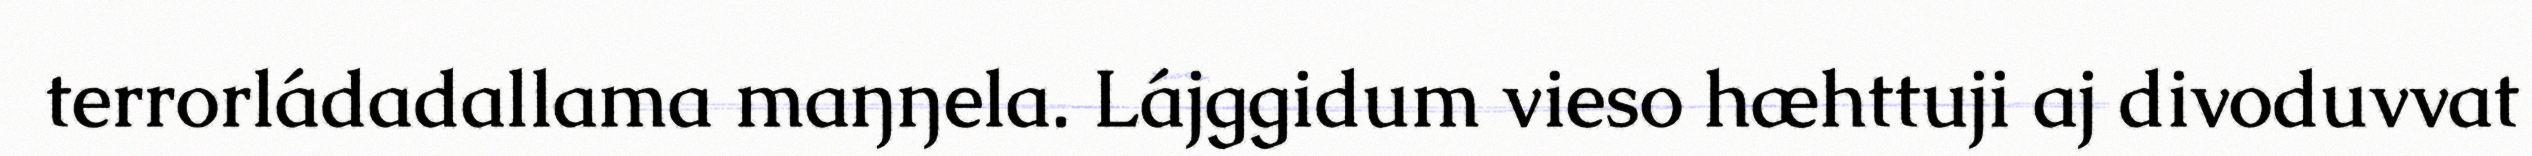
terrorládadallama maŋŋela. Lájggidum vieso hæhttuji aj divoduvvat